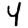
Digit: 4